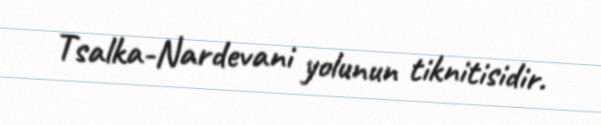
Tsalka-Nardevani yolunun tiknitisidir.